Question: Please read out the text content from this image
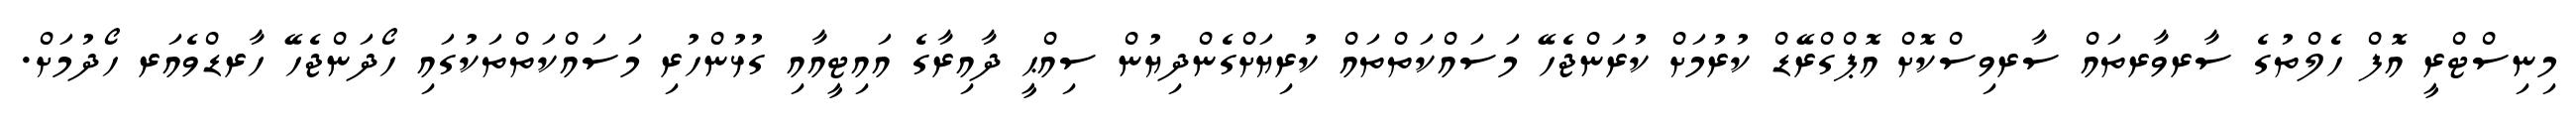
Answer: މިނިސްޓްރީ އޮފް ހެލްތުގެ ސާރވާރތައް ސާރވިސްކޮށް އޮޕްގްރޭޑް ކުރުމަށް ކުރަންޖެހޭ މަސައްކަތްތައް ކުރިޔަށްގެންދިޔުން ސިއްޙީ ދާއިރާގެ އައިޓީއާއި ގުޅުންހުރި މަސައްކަތްތަކުގައި ހޯދަންޖެހޭ ހާރޑްވެއަރ ހޯދުމަށް.